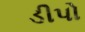
ડીપો